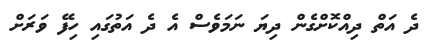
ދެ އަތް ދިއްކޮށްގެން ދިޔަ ނަމަވެސް އެ ދެ އަތުގައި ހިފޭ ވަރަށް